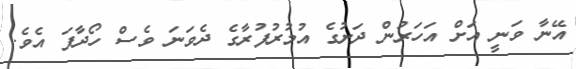
އޭނާ ވަނީ އަށް އަހަރުން ދަށުގެ އުމުރުފުރާގެ ދެވަނަ ވެސް ހޯދާފަ އެވެ.